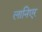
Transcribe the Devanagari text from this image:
लानिएर